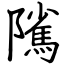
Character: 隲